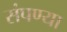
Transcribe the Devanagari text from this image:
संपण्या